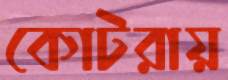
কোটরায়